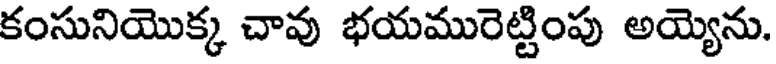
కంసునియొక్క చావు భయమురెట్టింపు అయ్యెను.